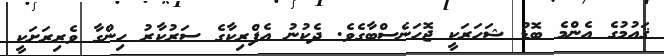
ޤައުމުގެ އެންމެ ބޮޑު ޝަހަރަކީ ޖޮހަނެސްބާގެވެ. ދެކުނު އެފްރިކާގެ ސަރުކާރު ހިންގާ ވެރިރަށަކީ